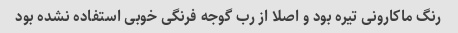
رنگ ماکارونی تیره بود و اصلا از رب گوجه فرنگی خوبی استفاده نشده بود